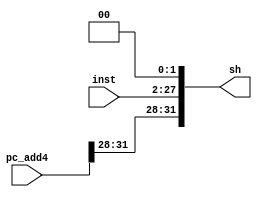
//shift combination
module Jshift(
    input   [25:0] inst,
    input   [31:0] pc_add4,
    output  [31:0] sh
    ); 
    parameter z = 2'b00;
    assign sh = {pc_add4[31:28],inst[25:0],z};
endmodule